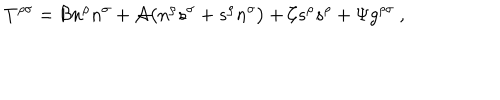
LaTeX: T ^ { \rho \sigma } = { \cal B } n ^ { \rho } n ^ { \sigma } + { \cal A } \big ( n ^ { \rho } s ^ { \sigma } + s ^ { \rho } n ^ { \sigma } \big ) + { \cal C } s ^ { \rho } s ^ { \rho } + \Psi g ^ { \rho \sigma } \ ,